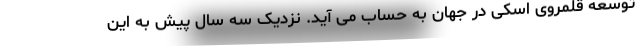
توسعه قلمروی اسکی در جهان به حساب می آید. نزدیک سه سال پیش به این